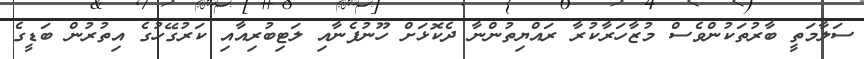
ސަލާމަތީ ބާރުތަކުންވެސް މުޒާހަރާކުރާ ރައްޔިތުންނާ ދެކޮޅަށް ހޫނުފެނާއި ލަޓިބުރިއާއި ކަރުގޭހުގެ އިތުރުން ބަޑީގެ